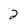
Character: 2